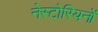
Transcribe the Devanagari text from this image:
नेस्टोरियनों